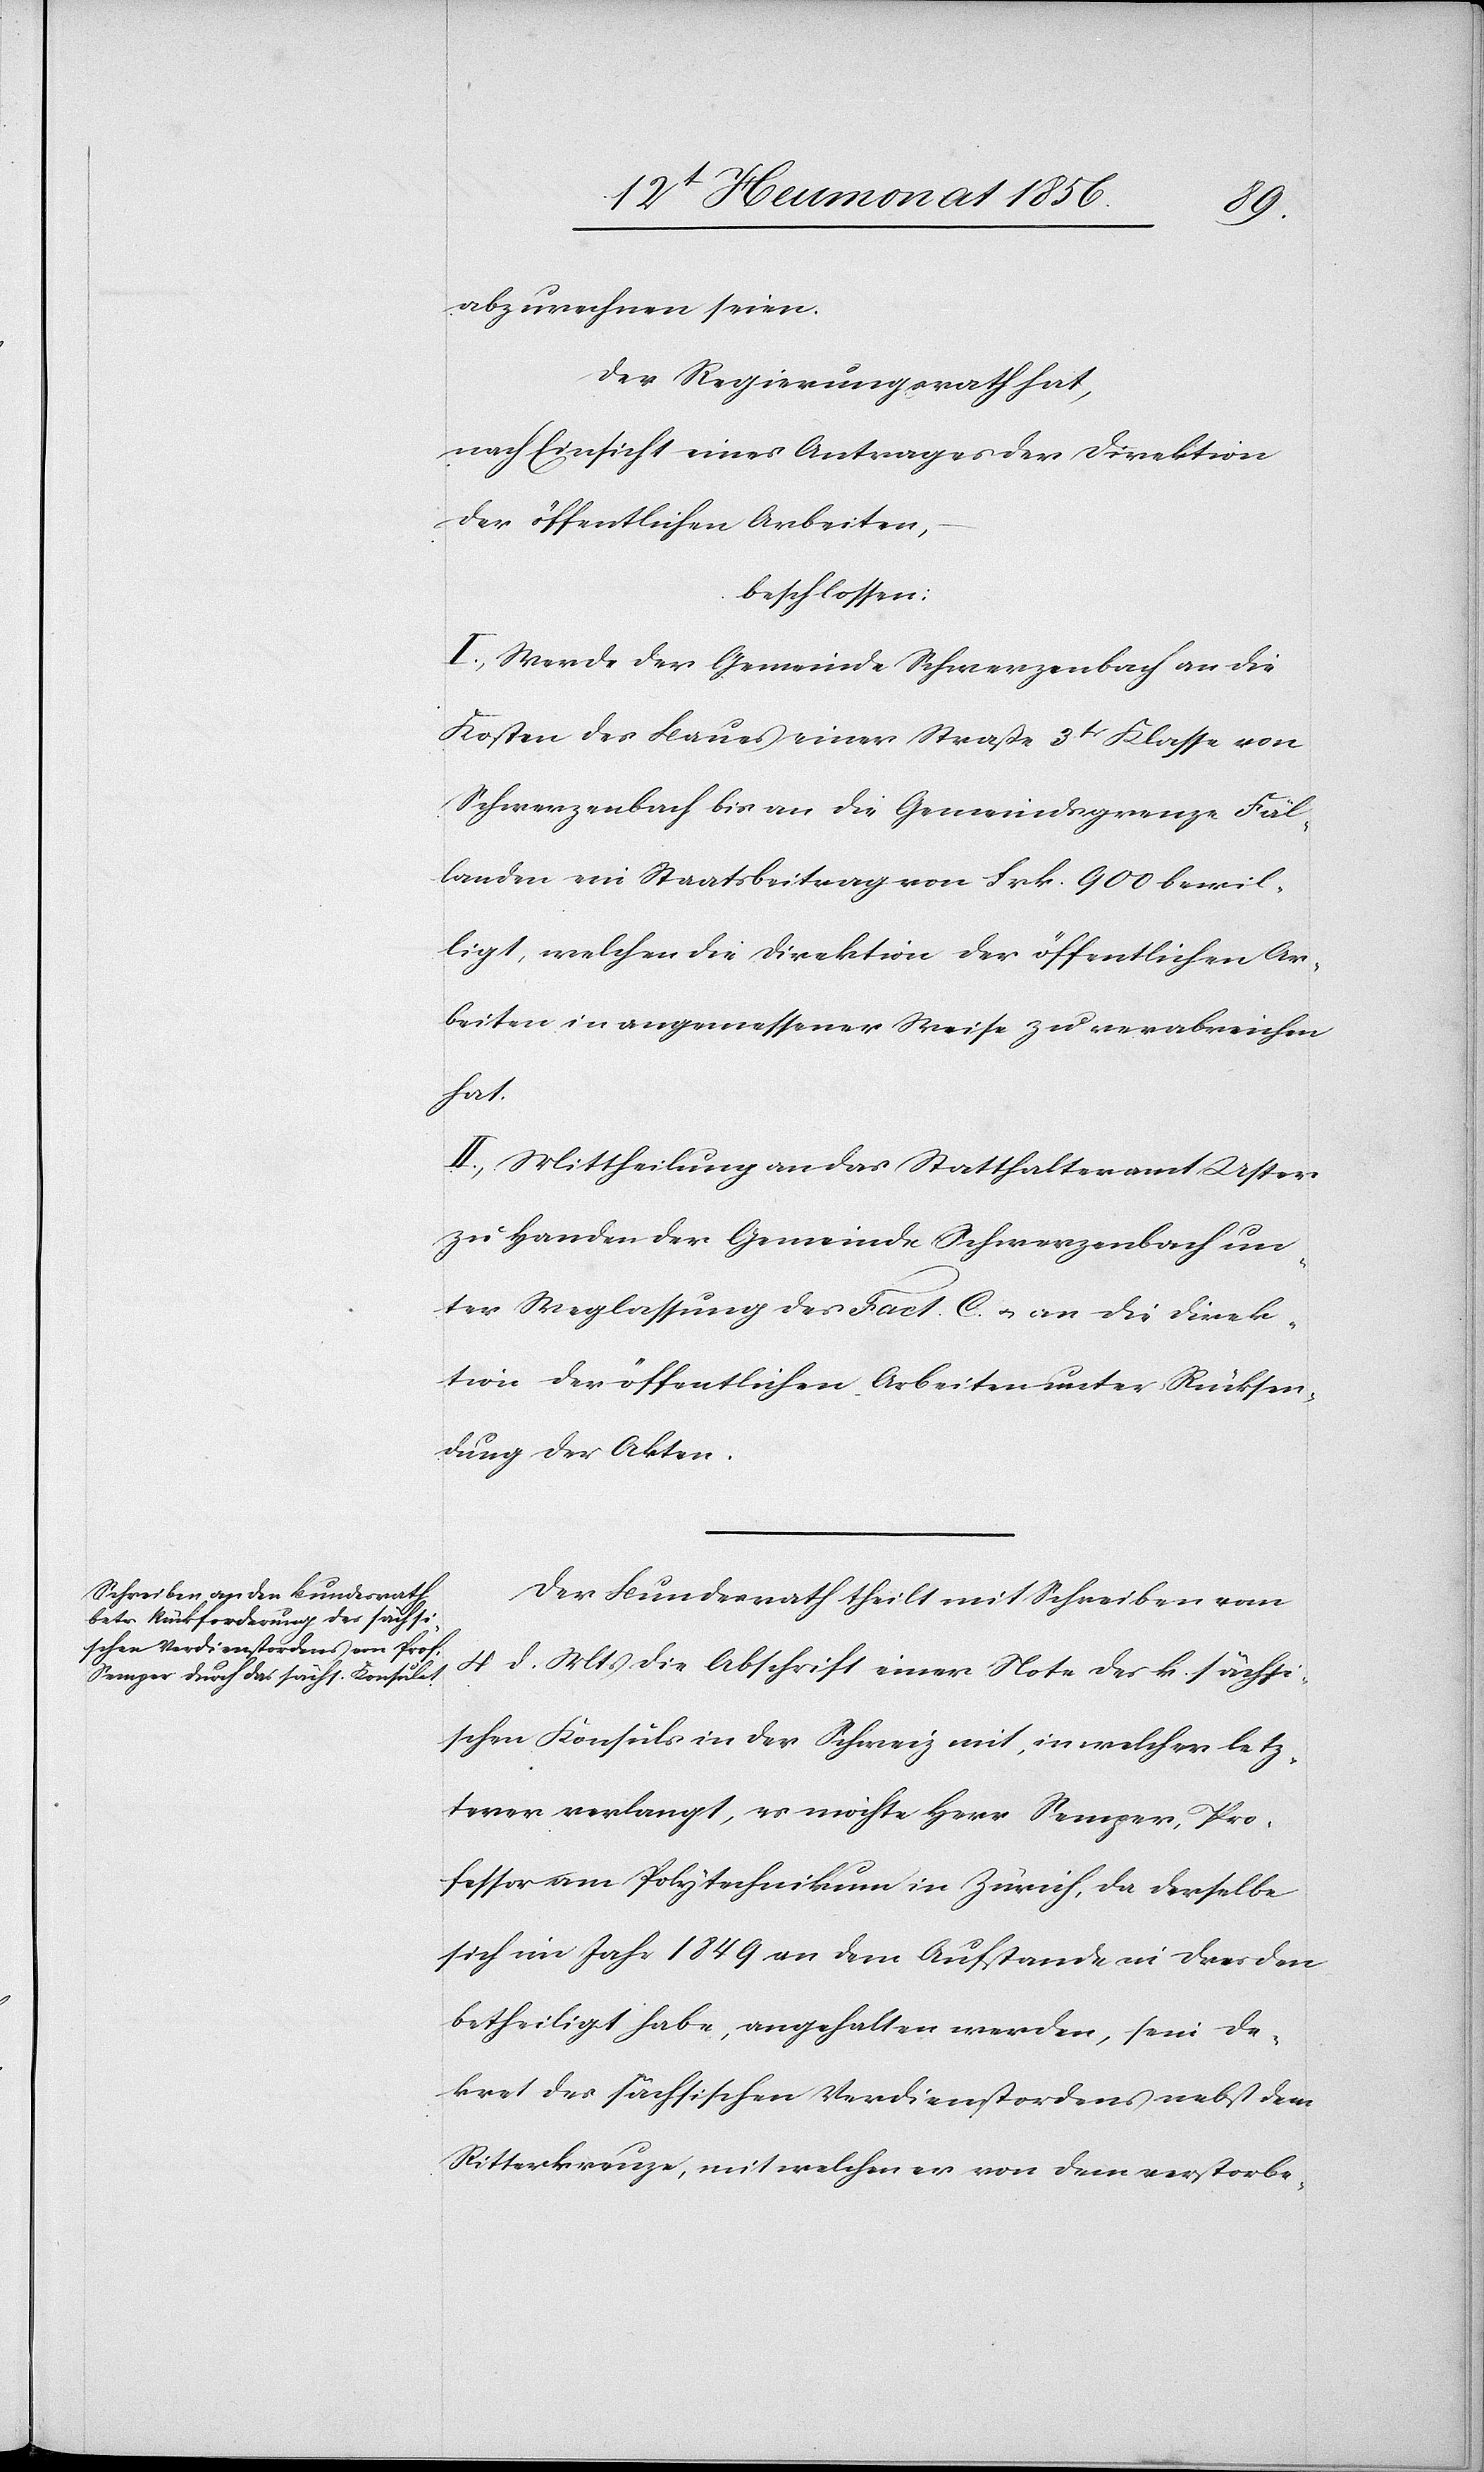
abzurechnen seien.
Der Regierungsrath hat,
nach Einsicht eines Antrages der Direktion
der öffentlichen Arbeiten,
beschlossen:
I.) Werde der Gemeinde Schwerzenbach an die
Kosten des Baues einer Straße 3tr Klasse von
Schwerzenbach bis an die Gemeindsgrenze Fäl¬
landen ein Staatsbeitrag von Frk. 900 bewil¬
ligt, welchen die Direktion der öffentlichen Ar¬
beiten in angemessener Weise zu verabreichen
hat.
II.) Mittheilung an das Statthalteramt Uster
zu Handen der Gemeinde Schwerzenbach un¬
ter Weglassung des Fact. C. an die Direk¬
tion der öffentlichen Arbeiten unter Rücksen¬
dung der Akten.
Der Bundesrath theilt mit Schreiben vom
4 d. Mts die Abschrift einer Note der k. sächsi¬
schen Konsuls in der Schweiz mit, in welcher letz¬
terer verlangt, es möchte Herr Semper, Pro¬
fessor am Polytechnikum in Zürich, da derselbe
sich im Jahr 1849 an dem Aufstande in Dresden
betheiligt habe, angehalten werden, sein De¬
kret des sächsischen Verdienstordens nebst dem
Ritterkreuze, mit welchen er von dem verstorbe-